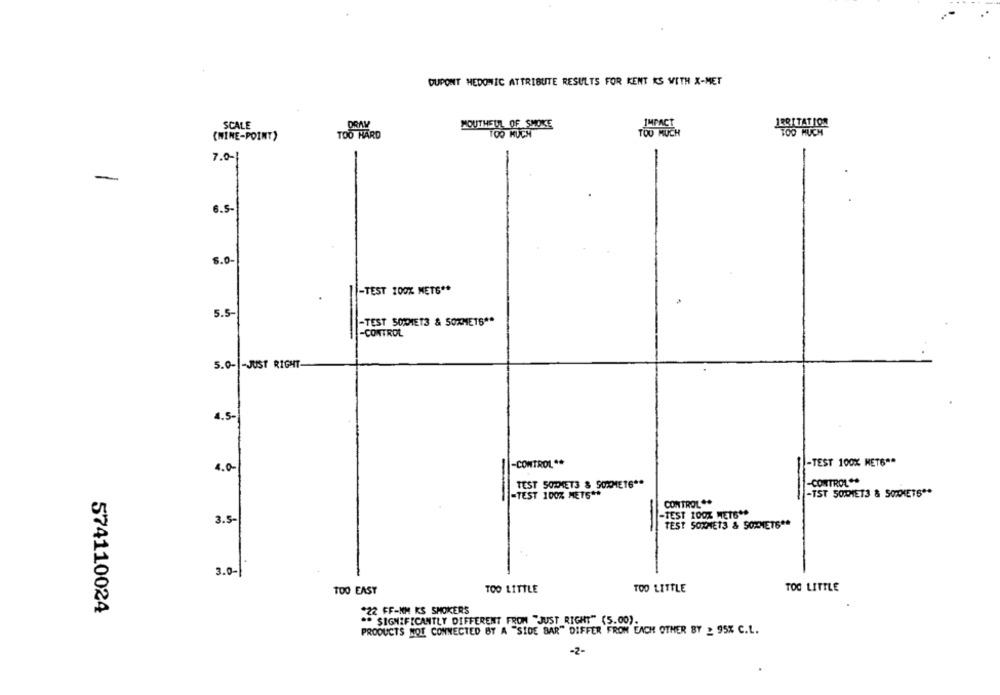
DUPONT MEDONIC ATTRIBUTE RESULTS FOR KENT KS WITH X-MET
SCALE
DRAY
POUTHEUL OF SMOKE
(WINE-POINT)
TOO HARD
TOO MUCH
7.0 -!
-
6.5-
5.0-
-TEST 100% METS **
5.5-
-TEST SOWIE13 & 50XMETS **
-CONTROL
5.0- - JUST RIGHT-
4.5-
-CONTROL **
-TEST 100% MET6 **
4.0-
TEST SOMMET3 & SOXMET6 **
-CONTROL **
=TEST 100% METG **
-TST 50PM1ET3 & SOXKETS **
-
CONTROL **
-TEST 100% METG **
3.5-
TEST 5021813 & SOMMETS **
3.0-
TOO EASY
TOO LITTLE
TOO LITTLE
TOO LITTLE
574110024
*22 FF-NM KS SMOKERS
** SIGNIFICANTLY DIFFERENT FROM "JUST RIGHT" (5.00).
PRODUCTS NOT CONNECTED BY A "SIDE BAR" DIFFER FROM EACH OTHER BY : 95% C.L.
-2-